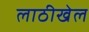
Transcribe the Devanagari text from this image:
लाठीखेल